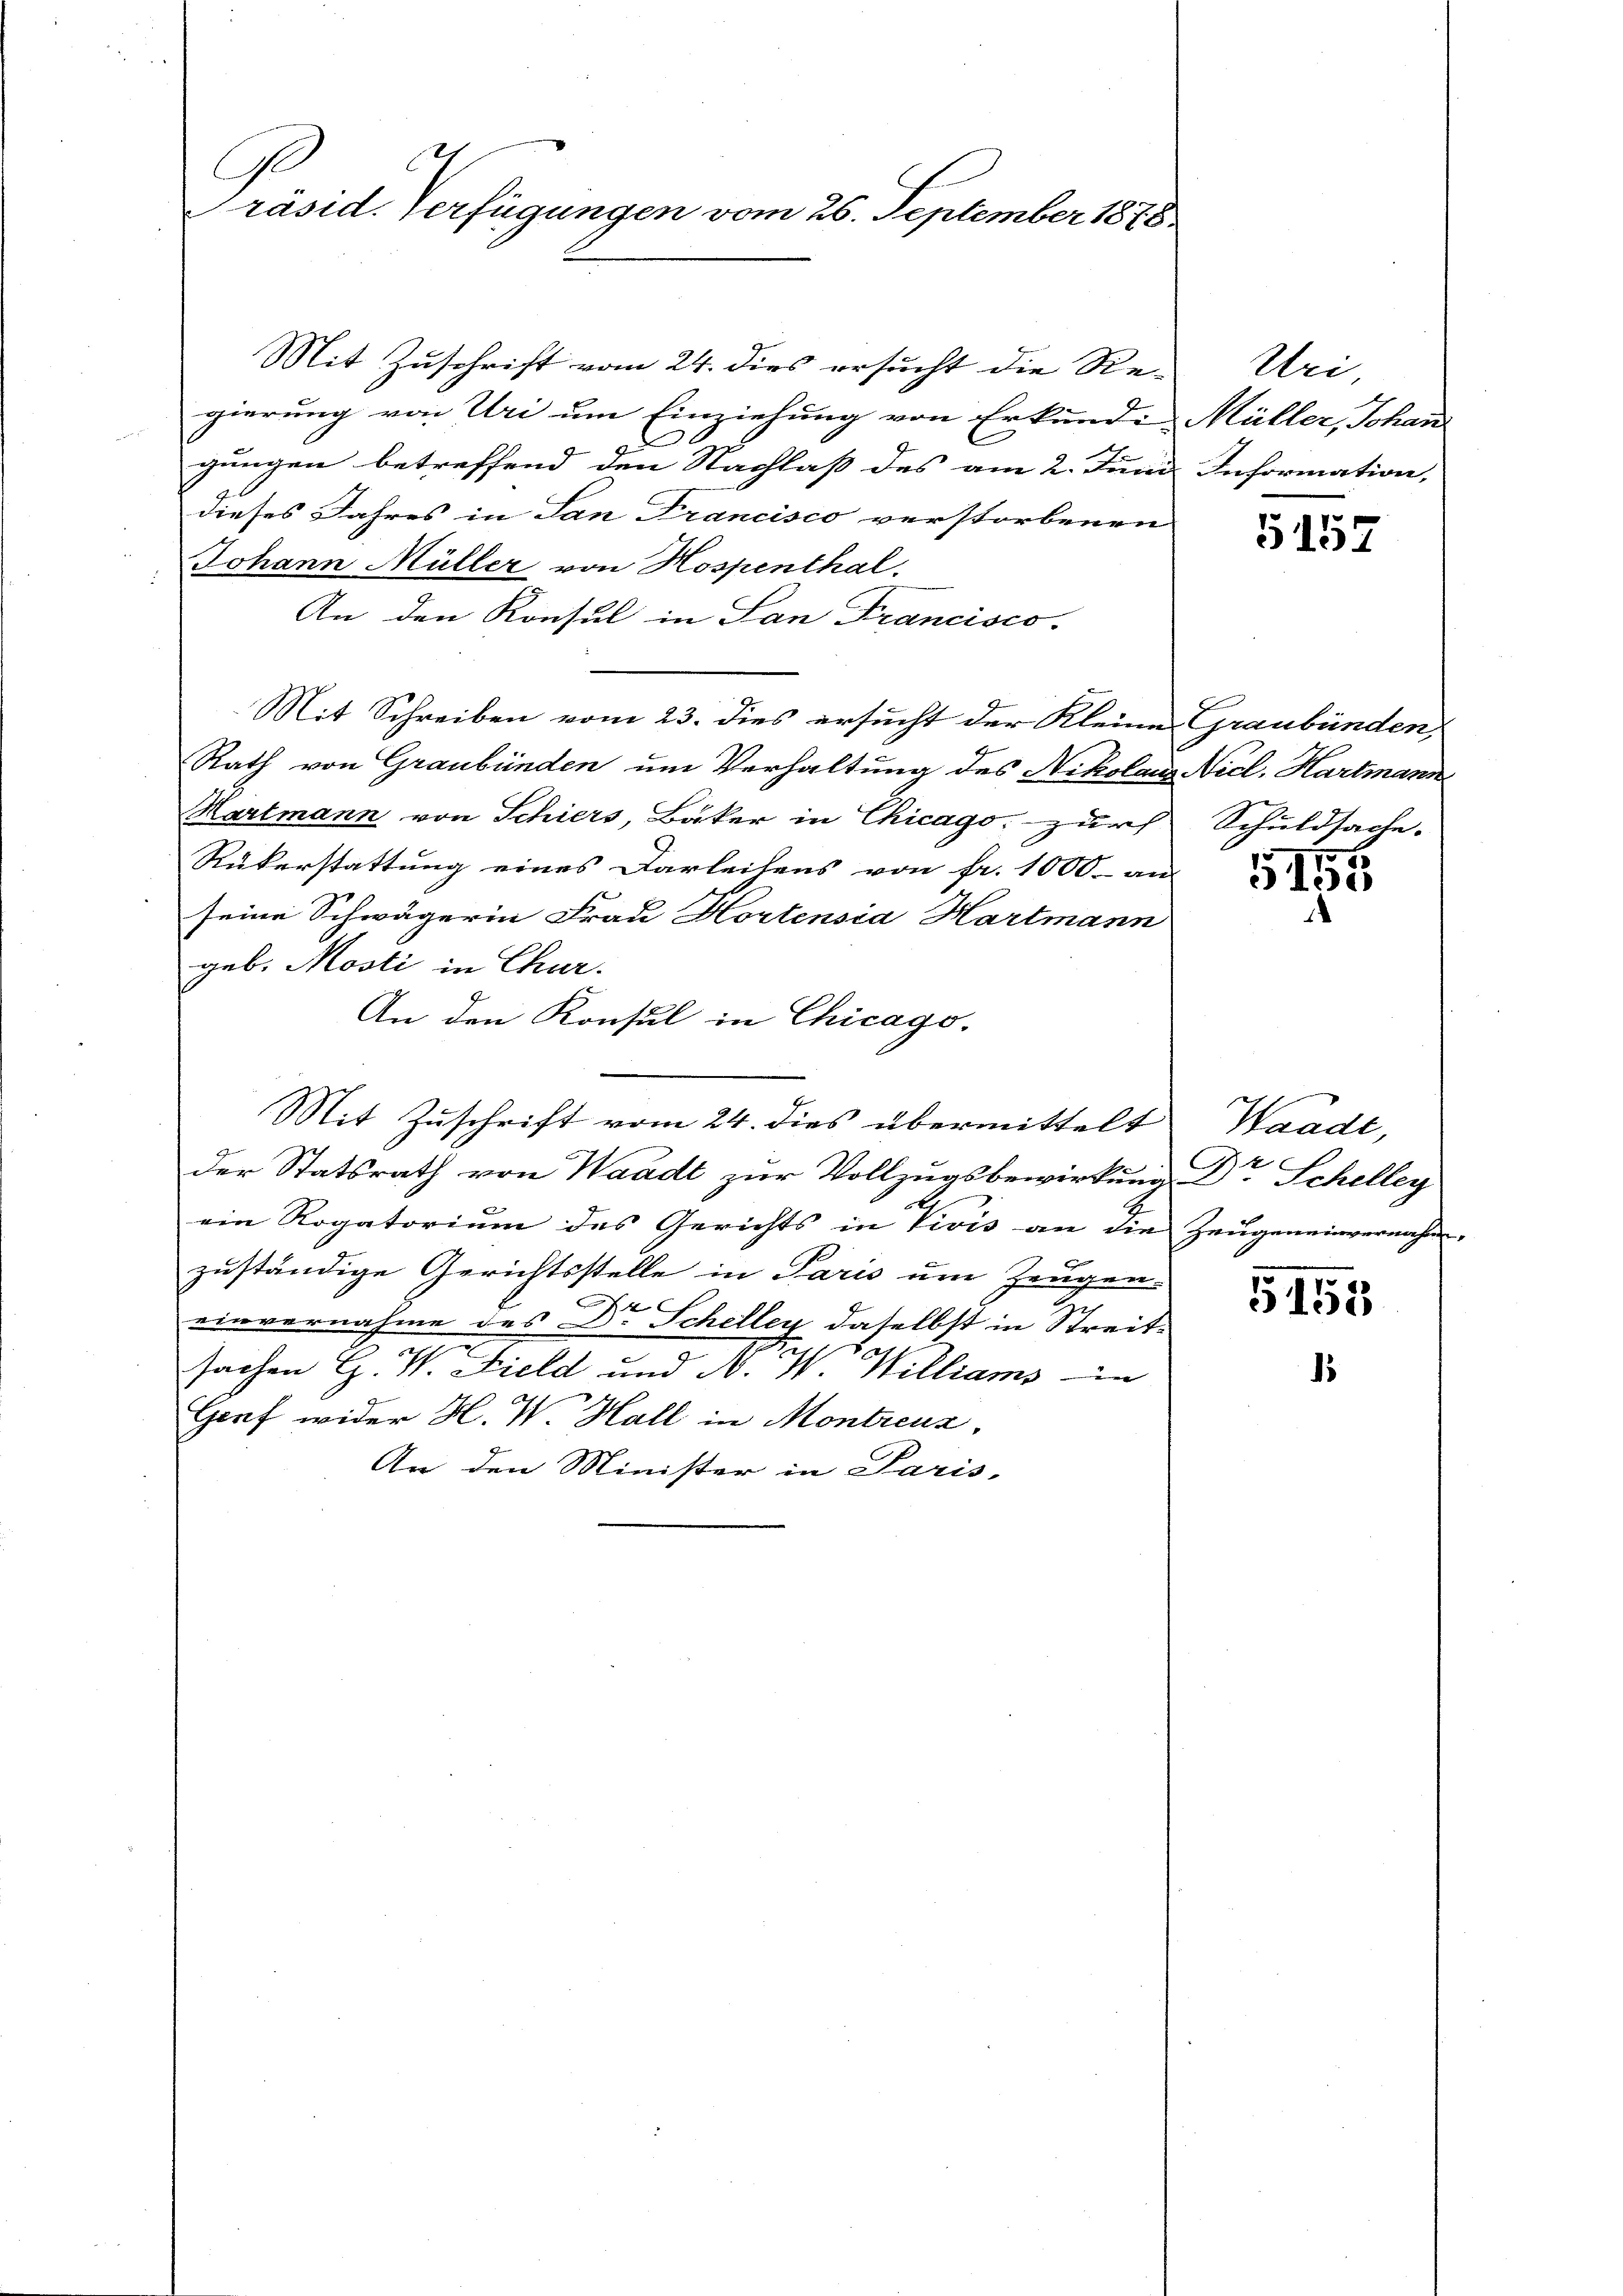
Präsid. Verfügungen vom 26. September 1818.

Mit Zuschrift vom 24. dies ersucht die Re-
gierung von Uri um Einziehung von Erkunde Müller, Johan
d
gungen betreffend den Nachlaß des am 2. Juni
dieses Jahres in San Francisco verstorbenen
Johann Müller von Hospenthal.
¬
An den Konsul in San Francisco-
Mit Schreiben vom 23. dies ersucht der Kleine Graubünden,
Rath von Graubünden um Verhaltung des Nikolaus Nicl. Hartmann
Hartmann von Schiers, Bäker in Chicago zur
Rükerstattung eines Darleitens von fr. 1000. an
seine Schwägerin Frau Hortensia Hartmann
geb. Mosti in Chur.
An den Konsul in Chicago-
Mit Zuschrift vom 24. dies übermittelt
der Statsrath von Waadt zur Vollzugsbewirkung Dr Scheller
ein Rogatoriŭm des Gerichts in Vivis an die Zeŭgeneinvernahm-
zuständige Gerichtsstelle in Paris um Zeugen-
einvernahme des Dr Schelley daselbst in Streit¬
7
sachen G. W. Field und A. W. Williams in
Graf wider H. W. Hall in Montreuz,
An den Minister in Paris-

Uri,
Information,

5157

Schuldsache.

G,155

Waadt,

5155